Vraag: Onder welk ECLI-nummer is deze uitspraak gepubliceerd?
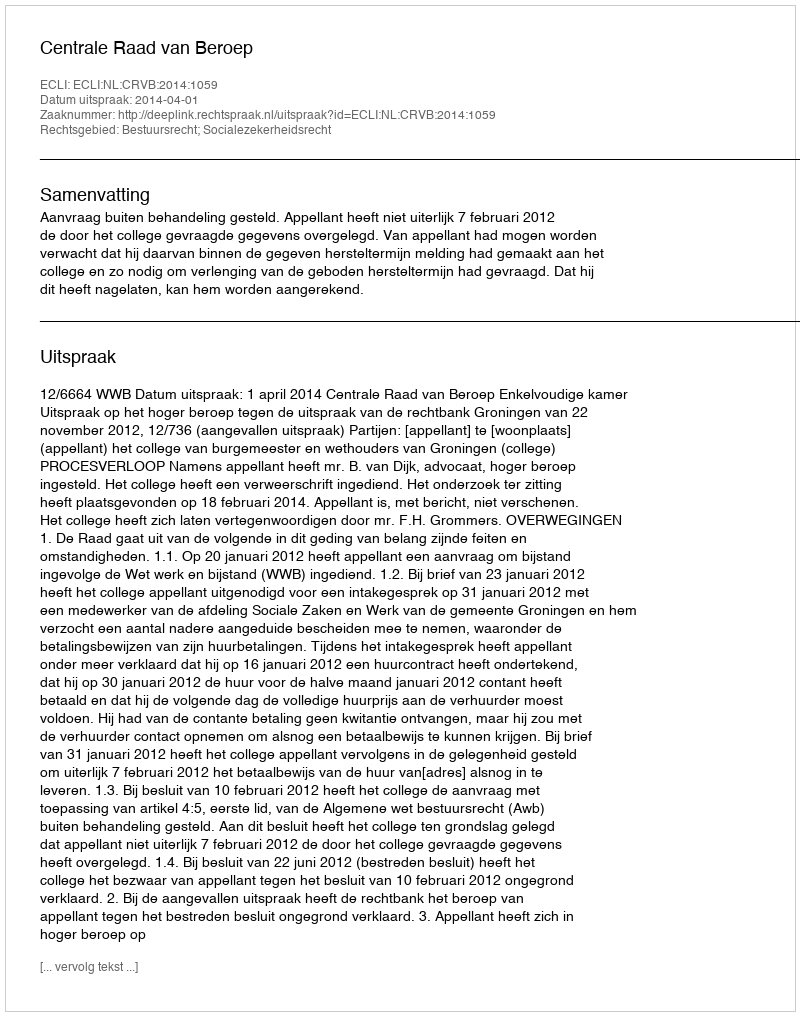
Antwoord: ECLI:NL:CRVB:2014:1059